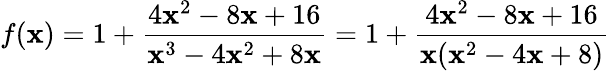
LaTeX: f(\mathbf{x})=1+{\frac{{4\mathbf{x}^{2}-8\mathbf{x}+16}}{{\mathbf{x}^{3}-4\mathbf{x}^{2}+8\mathbf{x}}}}=1+{\frac{{4\mathbf{x}^{2}-8\mathbf{x}+16}}{{\mathbf{x}(\mathbf{x}^{2}-4\mathbf{x}+8)}}}